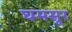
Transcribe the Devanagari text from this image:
घमसूर